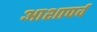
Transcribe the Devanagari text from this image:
आशापर्व